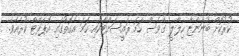
ކުރުކޮށް ބުނަންޏާ ހިލާލީ ގެވެސް ހަމަ ރައީސަށްޓަކައި ހަމަ އެގޮތުގައި އޮޕަރޭޓް ކުރެއެވެ.